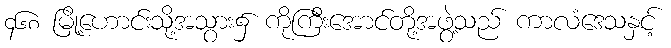
၄၆၈ မြို့ဟောင်းသို့အသွား၌ ကိုကြီးအောင်တို့အဖွဲ့သည် ကာလံဒေသနှင့်